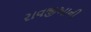
રાવજીઆની